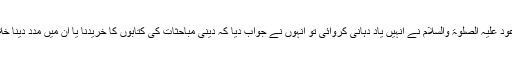
پھر جب دوبارہ حضرت مسیح موعود علیہ الصلوٰۃ والسلام نے انہیں یاد دہانی کروائی تو انہوں نے جواب دیا کہ دینی مباحثات کی کتابوں کا خریدنا یا ان میں مدد دینا خلاف منشاء گورنمنٹ انگریزی ہے۔